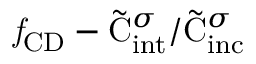
\mathit { f } _ { \mathrm { { C D } } } - { \tilde { \mathrm { { C } } } _ { \mathrm { { i n t } } } ^ { \sigma } } / { \tilde { \mathrm { { C } } } _ { \mathrm { { i n c } } } ^ { \sigma } }